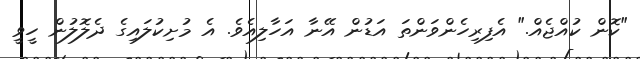
"ކޮން ކުއްޖެއް." އެފިރިހެންވަންތަ އަޑުން އޭނާ އަހާލިއެވެ. އެ މުށިކުލައިގެ ދެލޮލުން ހީވީ